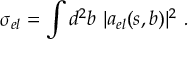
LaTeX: \sigma _ { e l } = \int d ^ { 2 } b \, \, \vert a _ { e l } ( s , b ) \vert ^ { 2 } \, \, .